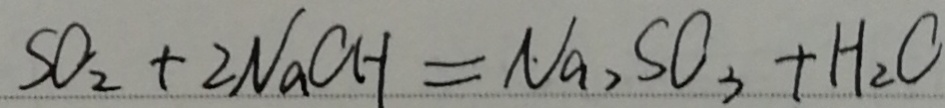
S O _ { 2 } + 2 N a C H = N a _ { 2 } S O _ { 3 } + H _ { 2 } C